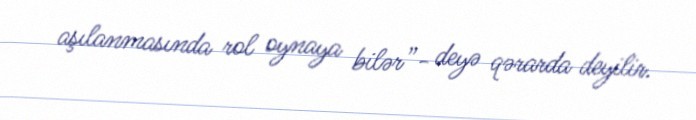
aşılanmasında rol oynaya bilər”- deyə qərarda deyilir.